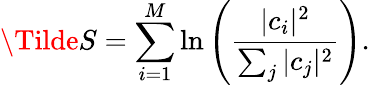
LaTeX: \Tilde{S}=\sum_{i=1}^{M}\ln\left(\frac{|c_{i}|^{2}}{\sum_{j}|c_{j}|^{2}}\right).